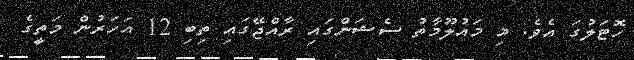
ހޮޓަލުގަ އެވެ. މި މައުލޫމާތު ސެޝަންގައި ރާއްޖޭގައި ތިބި 12 އަހަރުން މަތީގެ